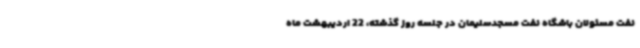
نفت مسئولان باشگاه نفت مسجدسلیمان در جلسه روز گذشته، 22 اردیبهشت ماه